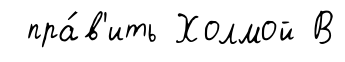
пра́в'ить Холмой В